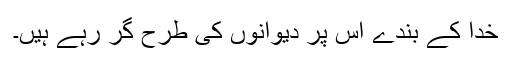
خدا کے بندے اس پر دیوانوں کی طرح گر رہے ہیں۔